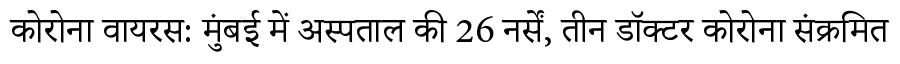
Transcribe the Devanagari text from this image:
कोरोना वायरस: मुंबई में अस्पताल की 26 नर्सें, तीन डॉक्टर कोरोना संक्रमित